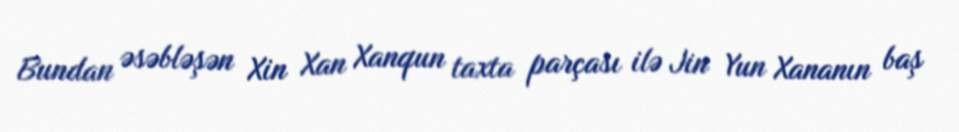
Bundan əsəbləşən Xin Xan Xanqun taxta parçası ilə Jin Yun Xananın baş